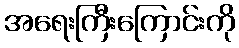
အရေးကြီးကြောင်းကို